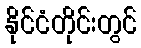
နိုင်ငံတိုင်းတွင်